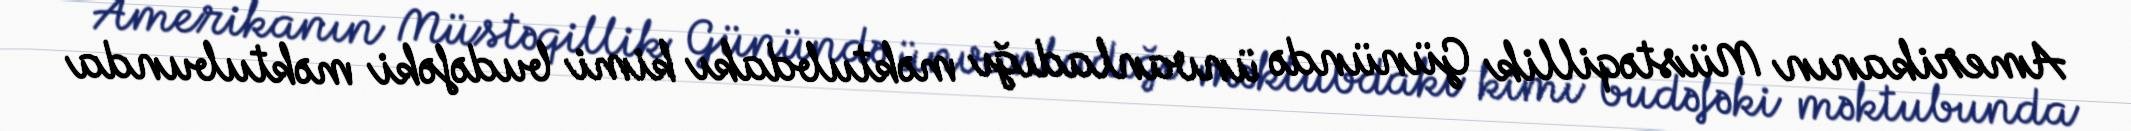
Amerikanın Müstəqillik Günündə ünvanladığı məktubdakı kimi budəfəki məktubunda